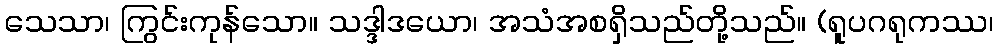
သေသာ၊ ကြွင်းကုန်သော။ သဒ္ဒါဒယော၊ အသံအစရှိသည်တို့သည်။ (ရူပဂရုကဿ၊